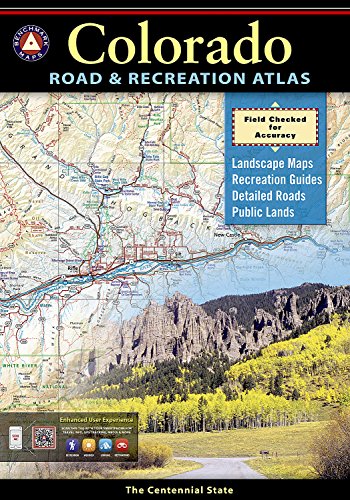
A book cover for Colorado Road and Recreation Atlas (Benchmark Atlas); Benchmark Maps (Firm); Reference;